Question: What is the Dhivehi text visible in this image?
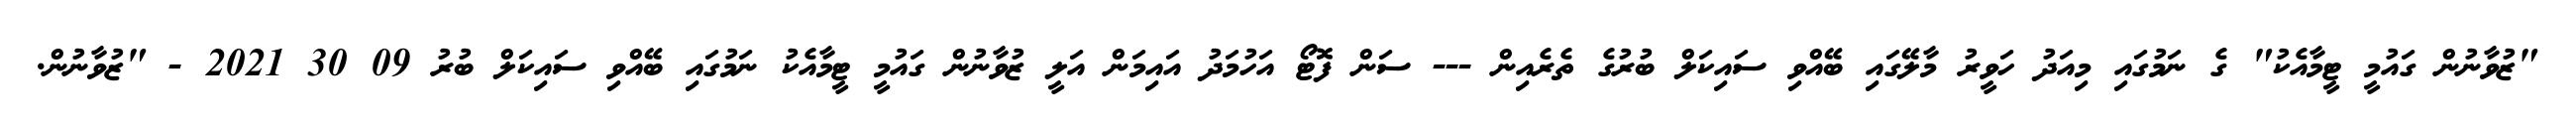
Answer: "ޒުވާނުން ގައުމީ ޓީމާއެކު" ގެ ނަމުގައި މިއަދު ހަވީރު މާލޭގައި ބޭއްވި ސައިކަލް ބުރުގެ ތެރެއިން --- ސަން ފޮޓޯ އަހުމަދު އައިމަން އަލީ ޒުވާނުން ގައުމީ ޓީމާއެކު ނަމުގައި ބޭއްވި ސައިކަލް ބުރު 09 30 2021 - "ޒުވާނުން.